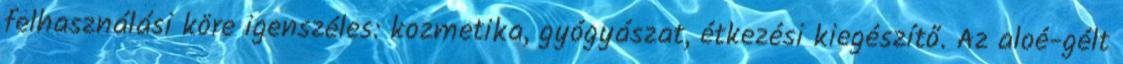
felhasználási köre igenszéles: kozmetika, gyógyászat, étkezési kiegészítő. Az aloé-gélt